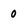
Character: o